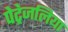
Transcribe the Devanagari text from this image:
पेट्रेजलिया